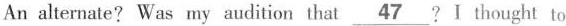
An alternate?Was my audition that \underline{47}? I thought to